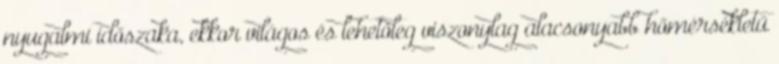
nyugalmi időszaka, ekkor világos és lehetőleg viszonylag alacsonyabb hőmérsékletű